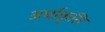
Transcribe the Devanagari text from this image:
अर्धाकृति